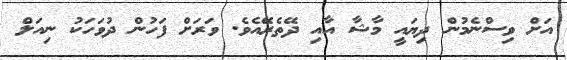
އަށް ވިސްނެމުން ދިޔައީ މާޝާ އާއި ދޭތެރޭއެވެ. ވަރަށް ފަހުން ދުވަހަކު ނިއަލް